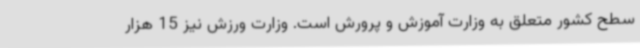
سطح کشور متعلق به وزارت آموزش و پرورش است. وزارت ورزش نیز 15 هزار